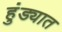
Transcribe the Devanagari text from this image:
हुंड्यात